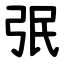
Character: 㢯